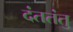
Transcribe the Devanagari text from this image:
दंततंतु